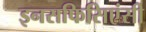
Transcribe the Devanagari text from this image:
इनसफिसिएंसी